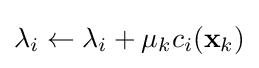
\lambda _{i}\leftarrow \lambda _{i}+\mu _{k}c_{i}(\mathbf {x} _{k})